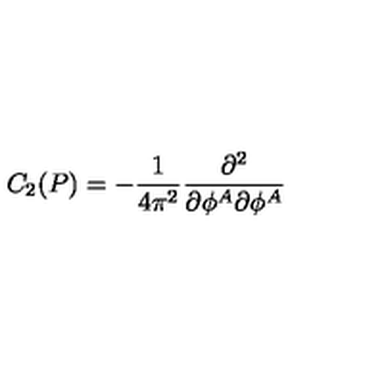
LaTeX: C _ { 2 } ( P ) = - \frac 1 { 4 \pi ^ { 2 } } \frac { \partial ^ { 2 } } { \partial \phi ^ { A } \partial \phi ^ { A } }